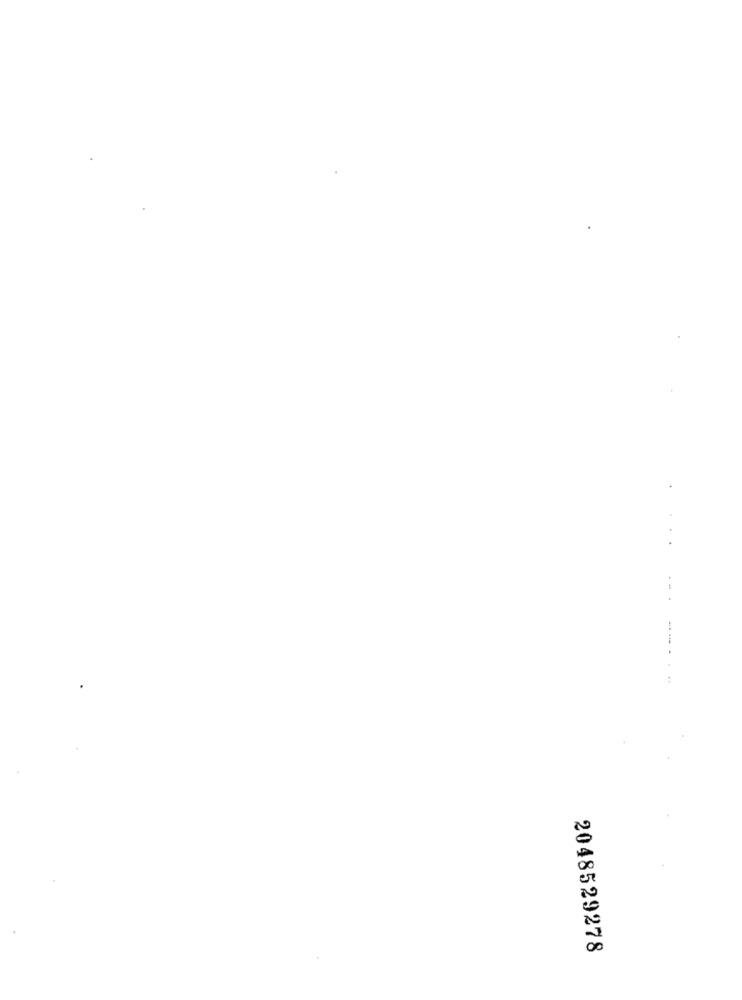
--...
2048529278